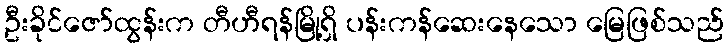
ဦးခိုင်ဇော်ထွန်းက တီဟီရန်မြို့ရှိ ပန်းကန်ဆေးနေသော မြေဖြစ်သည်